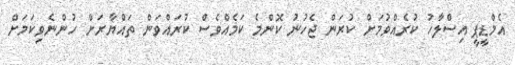
އެމްޑީޕީ އިސްލާހު ކުރެއްވުމަށް ކުރަން ޖެހުނު ކޮންމެ ކަމެއްވެސް ކުރައްވަން ތައްޔާރަށް ހުންނެވިކަމަށް